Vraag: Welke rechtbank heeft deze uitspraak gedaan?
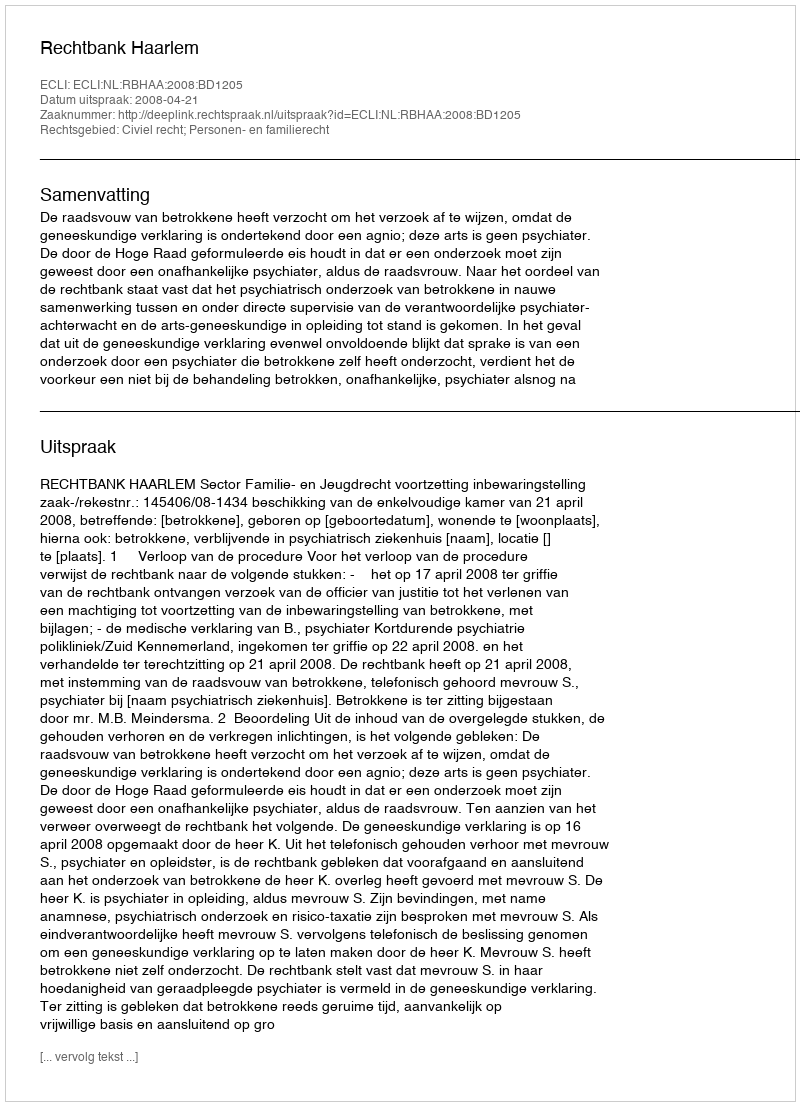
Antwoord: Rechtbank Haarlem